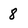
Character: 8